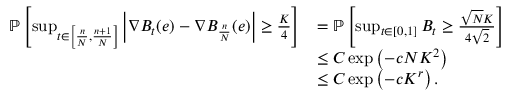
\begin{array} { r l } { \mathbb { P } \left[ \operatorname* { s u p } _ { t \in \left[ \frac { n } { N } , \frac { n + 1 } { N } \right] } \left| \nabla B _ { t } ( e ) - \nabla B _ { \frac { n } { N } } ( e ) \right| \geq \frac { K } { 4 } \right] } & { = \mathbb { P } \left[ \operatorname* { s u p } _ { t \in \left[ 0 , 1 \right] } B _ { t } \geq \frac { \sqrt { N } K } { 4 \sqrt { 2 } } \right] } \\ & { \leq C \exp \left( - c N K ^ { 2 } \right) } \\ & { \leq C \exp \left( - c K ^ { r } \right) . } \end{array}